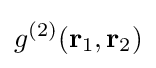
g^{(2)}(\mathbf {r} _{1},\mathbf {r} _{2})